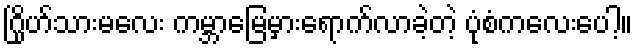
ဂြိုဟ်သားမလေး ကမ္ဘာမြေမှားရောက်လာခဲ့တဲ့ ပုံစံကလေးပေါ့။